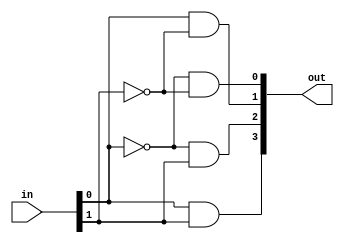
module decoder2x4 (
input [1:0] in,
output [3:0] out
);
 
assign out[3] = in[0] & in[1];
assign out[2] = ~in[0] & in[1];
assign out[1] = in[0] & ~in[1];
assign out[0] = ~in[0] & ~in[1];


endmodule